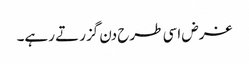
غرض اسی طرح دن گزرتے رہے۔